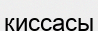
киссасы